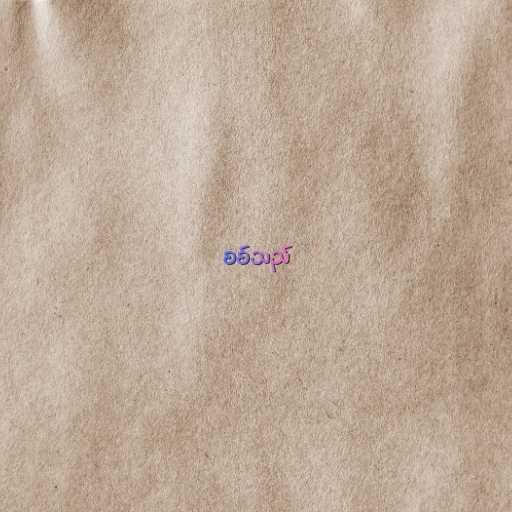
စစ်သည်